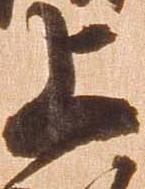
上